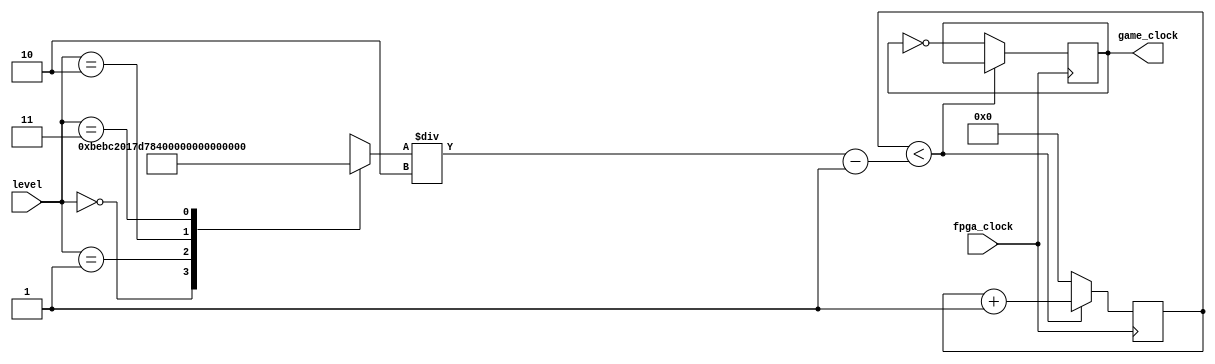
module ClockDivider(
    input wire fpga_clock,   
    input wire [1:0] level,  
    output reg game_clock    
);
    reg [25:0] counter = 0;
    reg [25:0] DIVISOR;
    always @(*) begin
        case(level)
            2'b00: DIVISOR = 50000000 / 1; 
            2'b01: DIVISOR = 50000000 / 2;  
            2'b10: DIVISOR = 50000000 / 4;  
            2'b11: DIVISOR = 50000000 / 8;  
            default: DIVISOR=50000000 / 2; 
        endcase
    end
    always @(posedge fpga_clock) begin
        if (counter < (DIVISOR / 2) - 1) begin
            counter <= counter + 1;
        end else begin
            counter <= 0;
            game_clock <= ~game_clock; 
        end
    end
endmodule